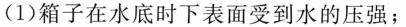
(1)箱子在水底时下表面受到水的压强；